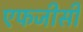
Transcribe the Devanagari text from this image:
एफजीसी